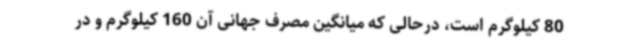
80 کیلوگرم است، درحالی که میانگین مصرف جهانی آن 160 کیلوگرم و در